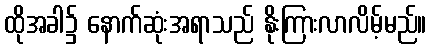
ထိုအခါ၌ နောက်ဆုံးအရာသည် နိုးကြားလာလိမ့်မည်။